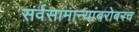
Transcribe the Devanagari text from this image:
सर्वसामान्यांबरोबरच